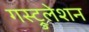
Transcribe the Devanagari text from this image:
गस्ट्रुलेशन